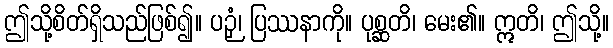
ဤသို့စိတ်ရှိသည်ဖြစ်၍။ ပဉှံ၊ ပြဿနာကို။ ပုစ္ဆတိ၊ မေး၏။ ဣတိ၊ ဤသို့။